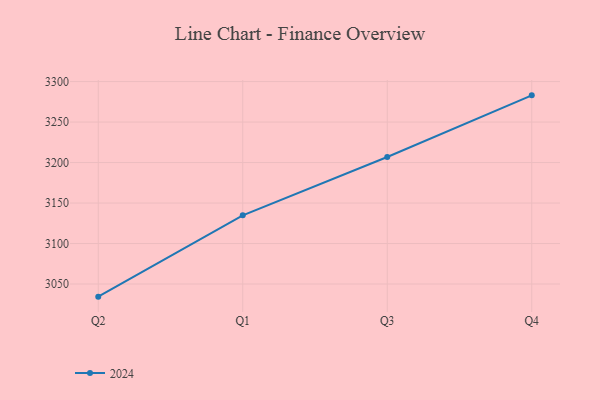
{"axis": {"x": "Quarter", "y": "Backlog"}, "legend": ["2024"], "data": [{"x": "Q2", "y": 3034.4, "type": "2024"}, {"x": "Q1", "y": 3134.8, "type": "2024"}, {"x": "Q3", "y": 3206.9, "type": "2024"}, {"x": "Q4", "y": 3283.0, "type": "2024"}]}